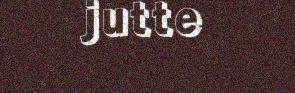
jutte